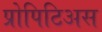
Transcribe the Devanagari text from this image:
प्रोपिटिअस